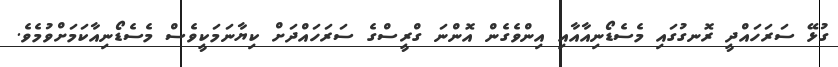
ގުޅޭ ސަރަހައްދީ ރޮނގުގައި މެސެޑޯނިއާއާއި އިންވެގެން އޮންނަ ގްރީސްގެ ސަރަހައްދަަށް ކިޔާނަމަކީވެސް މެސެޑޯނިއާކަމަށްވުމެވެ.